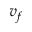
v _ { f }